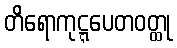
တိရောကုဋ္ဋပေတဝတ္ထု